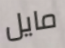
مايل